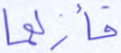
فأزلهما